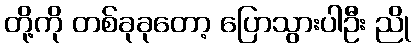
တို့ကို တစ်ခုခုတော့ ပြောသွားပါဦး ညို